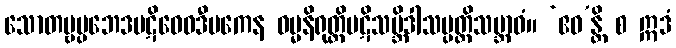
သောတဗ္ဗပ္ပဘေဒပဋိဝေဓဒီပကေန ဓမ္မနိရုတ္တိပဋိသမ္ဘိဒါသမ္ပတ္တိသဗ္ဘာဝံ။ ‘ဧဝ’န္တိ စ ဣဒံ